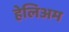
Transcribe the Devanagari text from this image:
हेलिअम